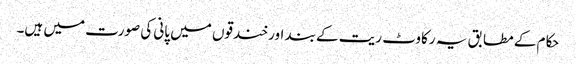
حکام کے مطابق یہ رکاوٹ ریت کے بند اور خندقوں میں پانی کی صورت میں ہیں۔